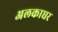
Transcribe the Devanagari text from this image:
अलकाधर